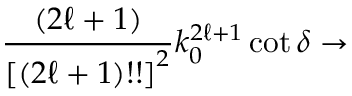
\begin{array} { r l r } { \lefteqn { \frac { ( 2 \ell + 1 ) } { \left[ ( 2 \ell + 1 ) ! ! \right] ^ { 2 } } k _ { 0 } ^ { 2 \ell + 1 } \cot \delta \rightarrow } } \end{array}